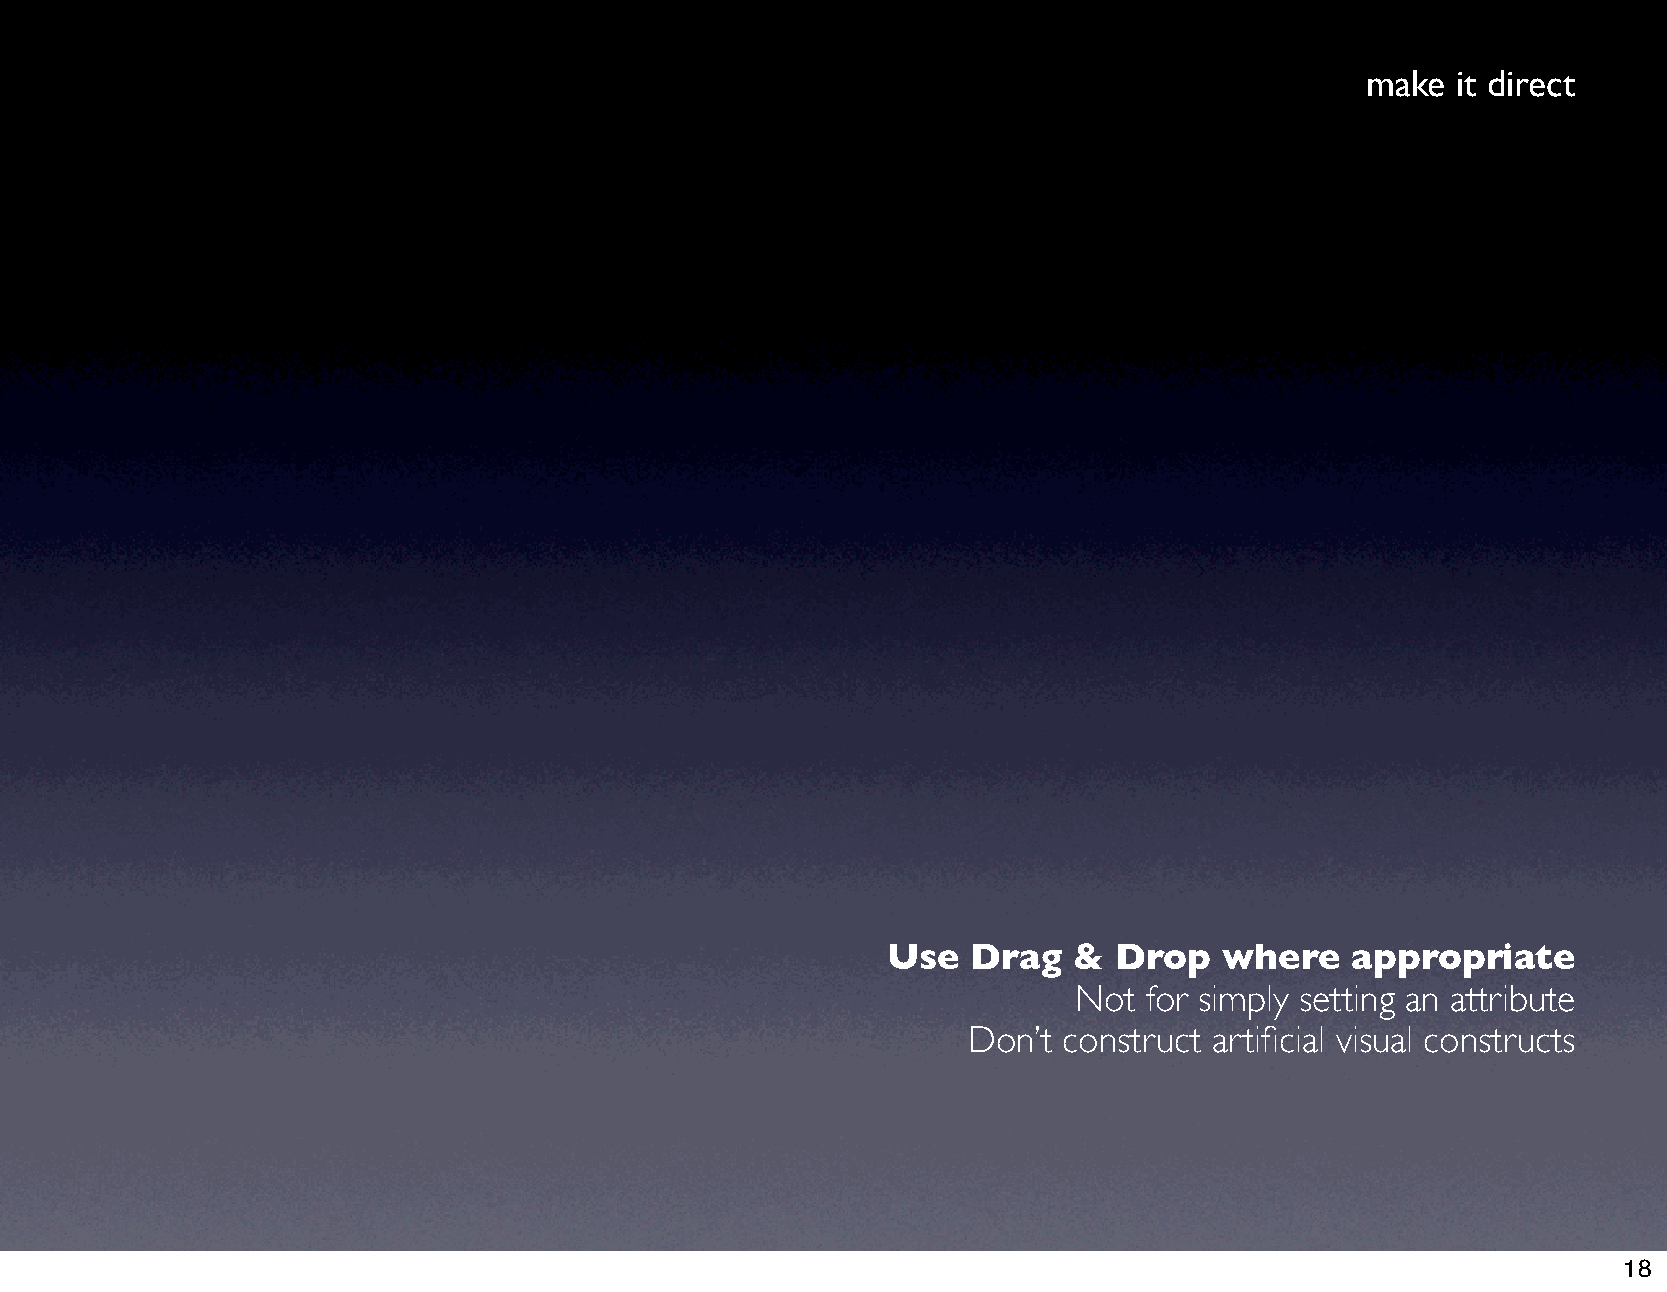
make  it direct
 Use  Drag   &  Drop   where   appropriate
 Not  for simply setting an attribute
 Don’t construct artificial visual constructs
 18